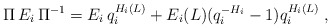
\begin{align*}\Pi \,E_{i}\,\Pi^{-1}=E_{i}\,q_{i}^{H_{i}(L)}+E_{i}(L)(q_{i}^{-H_{i}}-1)q_{i}^{H_{i}(L)}\;,\end{align*}